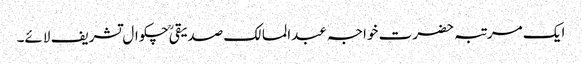
ایک مرتبہ حضرت خواجہ عبدالمالک صدیقیؒ چکوال تشریف لائے۔